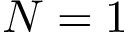
N = 1